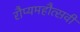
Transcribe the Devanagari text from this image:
रौप्यमहौत्सवी